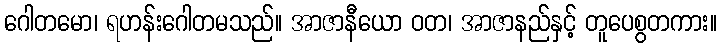
ဂေါတမော၊ ရဟန်းဂေါတမသည်။ အာဇာနီယော ဝတ၊ အာဇာနည်နှင့် တူပေစွတကား။